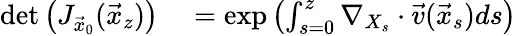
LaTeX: \begin{array}{rl}{\operatorname*{det}\left(J_{\vec{x}_{0}}(\vec{x}_{z})\right)}&{{}=\exp\left(\int_{s=0}^{z}\nabla_{X_{s}}\cdot\vec{v}(\vec{x}_{s})ds\right)}\end{array}